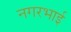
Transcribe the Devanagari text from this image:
नगरभाई